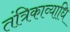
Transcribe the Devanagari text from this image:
तंत्रिकाव्याधि